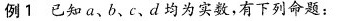
例1已知a、b、c、d均为实数，有下列命题：